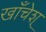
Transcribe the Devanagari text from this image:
खाँचेश्